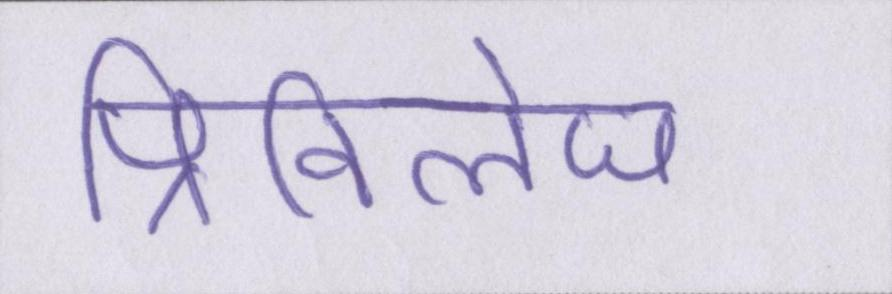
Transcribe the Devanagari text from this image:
प्रिविलेज